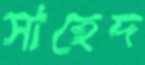
সাহেদ